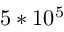
5 * 1 0 ^ { 5 }